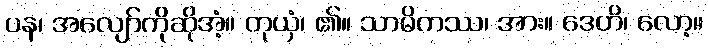
ပန၊ အလျော်ကိုဆိုအံ့။ တုယှံ၊ ၏။ သာမိကဿ၊ အား။ ဒေဟိ၊ လော့။